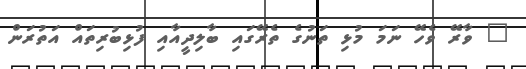
" ވާރޭ ވެހޭ ނަމަ މުޅި ތަނުގެ ތެރޭގައި ބާލިދީއާއި ފުޅިބުރިތައް އަތުރަން